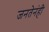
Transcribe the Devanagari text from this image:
जनतेनंही